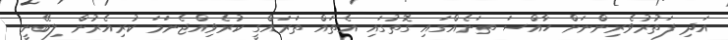
އަދި ފަތުރުވެރިންނަށް ހާއްސަ ތަނެއްގައި ގޮތުގައި އެތައް ތަރައްގީ ކުރެވިއްޖެނަމަ ކުރިއެރުން ލިބޭނީ